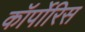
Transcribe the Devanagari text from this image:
कॉर्पोरिस